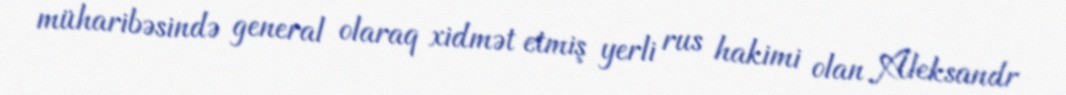
müharibəsində general olaraq xidmət etmiş yerli rus hakimi olan Aleksandr